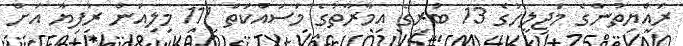
ރައްޔިތުންގެ މަޖިލީހުގެ 13 ބުރީގެ އިމާރާތުގެ މަސައްކަތް 111 މިލިއަން ރުފިޔާ އަށް